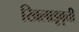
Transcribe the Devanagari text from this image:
खिलाडूवृत्ती